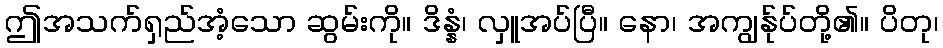
ဤအသက်ရှည်အံ့သော ဆွမ်းကို။ ဒိန္နံ၊ လှူအပ်ပြီ။ နော၊ အကျွန်ုပ်တို့၏။ ပိတု၊